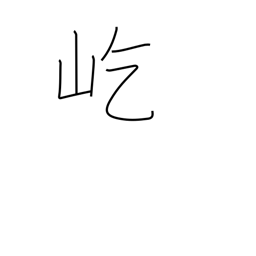
Meaning: towering mountains